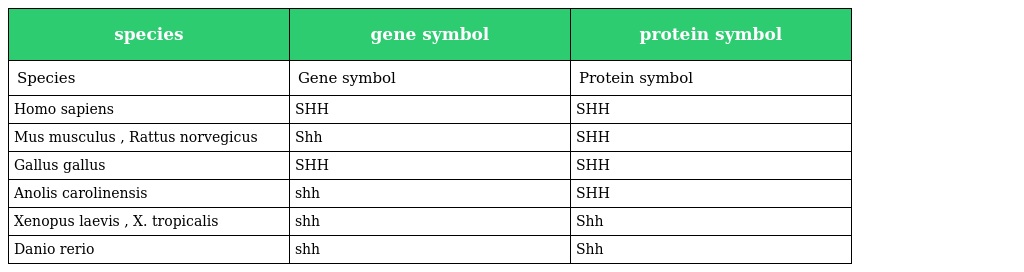
| species | gene symbol | protein symbol |
 | --- | --- | --- |
 | Species | Gene symbol | Protein symbol |
 | Homo sapiens | SHH | SHH |
 | Mus musculus , Rattus norvegicus | Shh | SHH |
 | Gallus gallus | SHH | SHH |
 | Anolis carolinensis | shh | SHH |
 | Xenopus laevis , X. tropicalis | shh | Shh |
 | Danio rerio | shh | Shh |